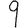
Digit: 9